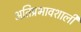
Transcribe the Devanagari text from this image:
अतिप्रभावशाली